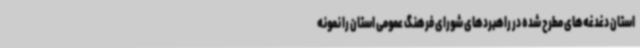
استان دغدغه‌های مطرح شده در راهبردهای شورای فرهنگ عمومی استان را نمونه